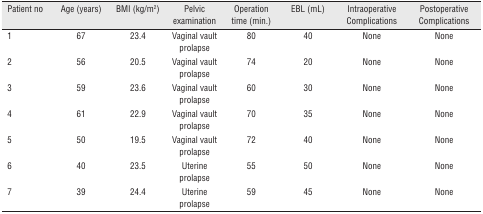
| Patient no | Age (years) | BMI (kg/m2) | Pelvic examination | Operation time (min.) | EBL (mL) | Intraoperative Complications | Postoperative Complications |
 | --- | --- | --- | --- | --- | --- | --- | --- |
 | 1 | 67 | 23.4 | Vaginal vault prolapse | 80 | 40 | None | None |
 | 2 | 56 | 20.5 | Vaginal vault prolapse | 74 | 20 | None | None |
 | 3 | 59 | 23.6 | Vaginal vault prolapse | 60 | 30 | None | None |
 | 4 | 61 | 22.9 | Vaginal vault prolapse | 70 | 35 | None | None |
 | 5 | 50 | 19.5 | Vaginal vault prolapse | 72 | 40 | None | None |
 | 6 | 40 | 23.5 | Uterine prolapse | 55 | 50 | None | None |
 | 7 | 39 | 24.4 | Uterine prolapse | 59 | 45 | None | None |